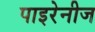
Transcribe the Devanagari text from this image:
पाइरेनीज